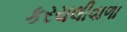
કરચલીવાળા